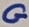
Text: G